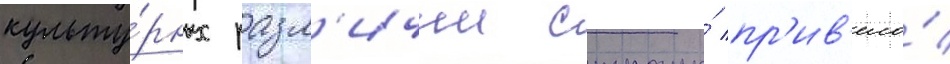
культу́рных разл'ичии страны́ пр'ив'ело́